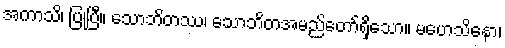
အကာသိ၊ ပြုပြီ။ သောဘိတဿ၊ သောဘိတအမည်တော်ရှိသော။ မဟေသိနော၊